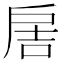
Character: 𢩋